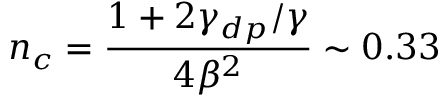
n _ { c } = \frac { 1 + 2 \gamma _ { d p } / \gamma } { 4 \beta ^ { 2 } } \sim 0 . 3 3